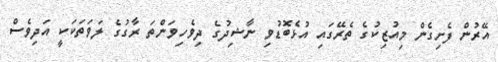
އޭރުން ފެށިގެން މިއުޒިކުގެ ތެރޭގައި އުޅެބޮޑުވި ނާޝިދުގެ ދިވެހިވަންތަ ރާގުގެ ލަވަތަކަކީ އަދިވެސް